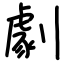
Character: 劇